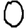
Digit: 0